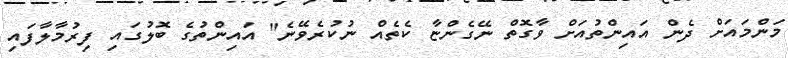
މަންމައަށް ދެން އައިންތުއަށް ވާގޮތް ނޭގެންޏާ ކެތެއް ނުކުރެވޭނެ" އައިންތުގެ ބޮލުގައި ފިރުމާލާފައި